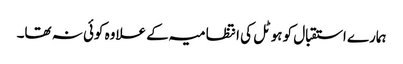
ہمارے استقبال کو ہوٹل کی انتظامیہ کے علاوہ کوئی نہ تھا۔